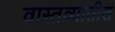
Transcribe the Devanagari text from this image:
वास्तव्यातील